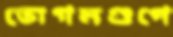
ভোগমণ্ডপে